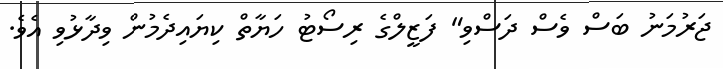
ޖަރުމަނު ބަސް ވެސް ދަސްވި" ފަޒީލްގެ ރިސޯޓު ހަޔާތް ކިޔައިދެމުން ވިދާޅުވި އެވެ.